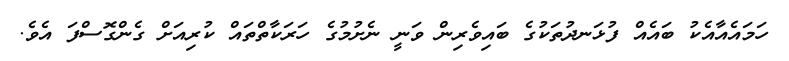
ހަމައެއާއެކު ބައެއް ފުޅަނދުތަކުގެ ބައިވެރިން ވަނީ ނެށުމުގެ ހަރަކާތްތައް ކުރިއަށް ގެންގޮސްފަ އެވެ.